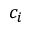
c _ { i }